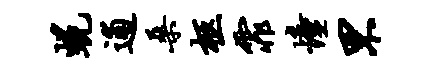
蜕逋桑柩霏憧罘